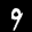
Label: 9